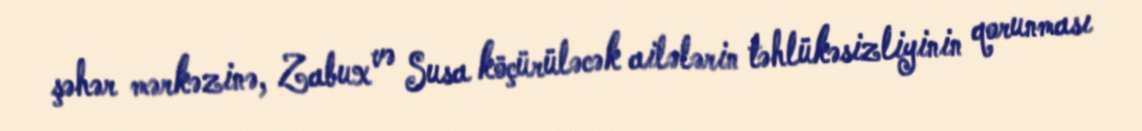
şəhər mərkəzinə, Zabux və Susa köçürüləcək ailələrin təhlükəsizliyinin qorunması